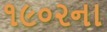
૧૯૦૨ના